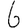
Digit: 6